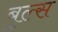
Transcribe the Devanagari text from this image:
बुल्‍स